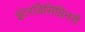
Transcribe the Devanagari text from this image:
इंटरडिसिप्लिनरी